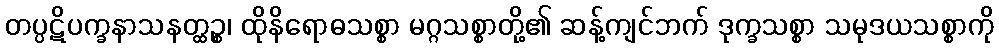
တပ္ပဋိပက္ခနာသနတ္ထဉ္စ၊ ထိုနိရောဓသစ္စာ မဂ္ဂသစ္စာတို့၏ ဆန့်ကျင်ဘက် ဒုက္ခသစ္စာ သမုဒယသစ္စာကို